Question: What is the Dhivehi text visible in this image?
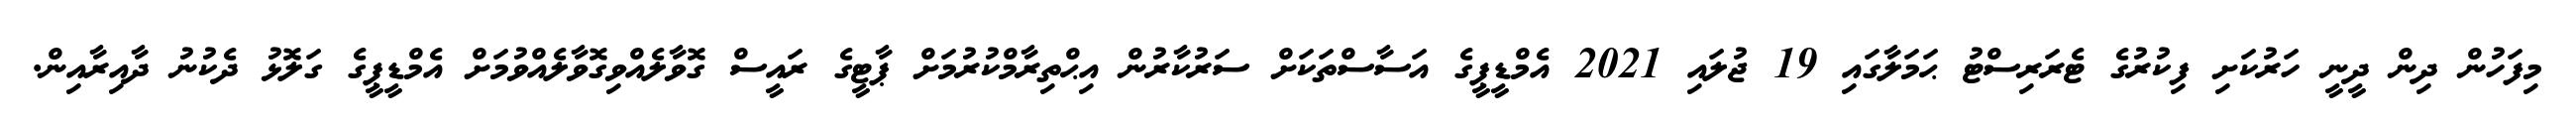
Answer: މިފަހުން ދިން ދީނީ ހަރުކަށި ފިކުރުގެ ޓެރަރިސްޓު ޙަމަލާގައި 19 ޖުލައި 2021 އެމްޑީޕީގެ އަސާސްތަކަށް ސަރުކާރުން އިޙްތިރާމްކުރުމަށް ޕާޓީގެ ރައީސް ގޮވާލެއްވިގޮވާލެއްވުމަށް އެމްޑީޕީގެ ގަލޮޅު ދެކުނު ދާއިރާއިން.